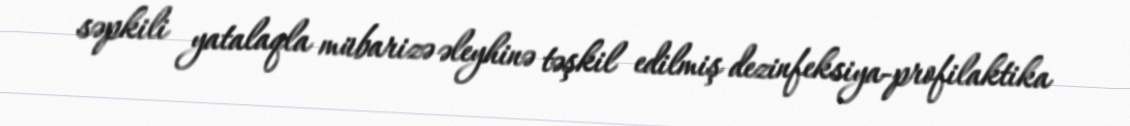
səpkili yatalaqla mübarizə əleyhinə təşkil edilmiş dezinfeksiya-profilaktika